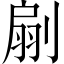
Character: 𠞛